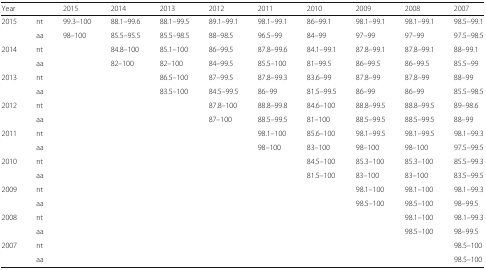
<table><thead><tr><td colspan="2"><b>Year</b></td><td><b>2015</b></td><td><b>2014</b></td><td><b>2013</b></td><td><b>2012</b></td><td><b>2011</b></td><td><b>2010</b></td><td><b>2009</b></td><td><b>2008</b></td><td><b>2007</b></td></tr></thead><tbody><tr><td rowspan="2">2015</td><td>nt</td><td>99.3–100</td><td>88.1–99.6</td><td>88.1–99.5</td><td>89.1–99.1</td><td>98.1–99.1</td><td>86–99.1</td><td>98.1–99.1</td><td>98.1–99.1</td><td>98.5–99.1</td></tr><tr><td>aa</td><td>98–100</td><td>85.5–95.5</td><td>85.5–98.5</td><td>88–98.5</td><td>96.5–99</td><td>84–99</td><td>97–99</td><td>97–99</td><td>97.5–98.5</td></tr><tr><td rowspan="2">2014</td><td>nt</td><td></td><td>84.8–100</td><td>85.1–100</td><td>86–99.5</td><td>87.8–99.6</td><td>84.1–99.1</td><td>87.8–99.1</td><td>87.8–99.1</td><td>88–99.1</td></tr><tr><td>aa</td><td></td><td>82–100</td><td>82–100</td><td>84–99.5</td><td>85.5–100</td><td>81–99.5</td><td>86–99.5</td><td>86–99.5</td><td>85.5–99</td></tr><tr><td rowspan="2">2013</td><td>nt</td><td></td><td></td><td>86.5–100</td><td>87–99.5</td><td>87.8–99.3</td><td>83.6–99</td><td>87.8–99</td><td>87.8–99</td><td>88–99</td></tr><tr><td>aa</td><td></td><td></td><td>83.5–100</td><td>84.5–99.5</td><td>86–99</td><td>81.5–99.5</td><td>86–99</td><td>86–99</td><td>85.5–98.5</td></tr><tr><td rowspan="2">2012</td><td>nt</td><td></td><td></td><td></td><td>87.8–100</td><td>88.8–99.8</td><td>84.6–100</td><td>88.8–99.5</td><td>88.8–99.5</td><td>89–98.6</td></tr><tr><td>aa</td><td></td><td></td><td></td><td>87–100</td><td>88.5–99.5</td><td>81–100</td><td>88.5–99.5</td><td>88.5–99.5</td><td>88–99</td></tr><tr><td rowspan="2">2011</td><td>nt</td><td></td><td></td><td></td><td></td><td>98.1–100</td><td>85.6–100</td><td>98.1–99.5</td><td>98.1–99.5</td><td>98.1–99.3</td></tr><tr><td>aa</td><td></td><td></td><td></td><td></td><td>98–100</td><td>83–100</td><td>98–100</td><td>98–100</td><td>97.5–99.5</td></tr><tr><td rowspan="2">2010</td><td>nt</td><td></td><td></td><td></td><td></td><td></td><td>84.5–100</td><td>85.3–100</td><td>85.3–100</td><td>85.5–99.3</td></tr><tr><td>aa</td><td></td><td></td><td></td><td></td><td></td><td>81.5–100</td><td>83–100</td><td>83–100</td><td>83.5–99.5</td></tr><tr><td rowspan="2">2009</td><td>nt</td><td></td><td></td><td></td><td></td><td></td><td></td><td>98.1–100</td><td>98.1–100</td><td>98.1–99.3</td></tr><tr><td>aa</td><td></td><td></td><td></td><td></td><td></td><td></td><td>98.5–100</td><td>98.5–100</td><td>98–99.5</td></tr><tr><td rowspan="2">2008</td><td>nt</td><td></td><td></td><td></td><td></td><td></td><td></td><td></td><td>98.1–100</td><td>98.1–99.3</td></tr><tr><td>aa</td><td></td><td></td><td></td><td></td><td></td><td></td><td></td><td>98.5–100</td><td>98–99.5</td></tr><tr><td rowspan="2">2007</td><td>nt</td><td></td><td></td><td></td><td></td><td></td><td></td><td></td><td></td><td>98.5–100</td></tr><tr><td>aa</td><td></td><td></td><td></td><td></td><td></td><td></td><td></td><td></td><td>98.5–100</td></tr></tbody></table>